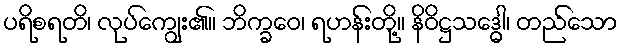
ပရိစရတိ၊ လုပ်ကျွေး၏။ ဘိက္ခဝေ၊ ရဟန်းတို့။ နိဝိဋ္ဌသဒ္ဓေါ၊ တည်သော